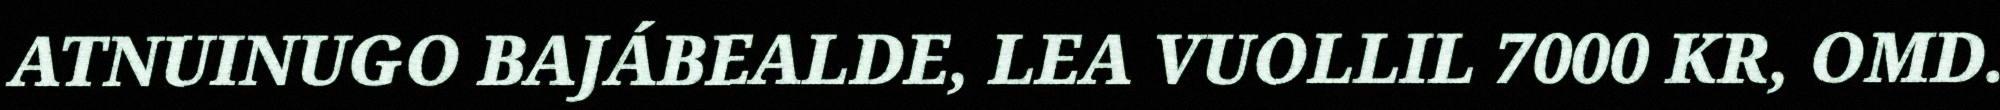
ATNUINUGO BAJÁBEALDE, LEA VUOLLIL 7000 KR, OMD.